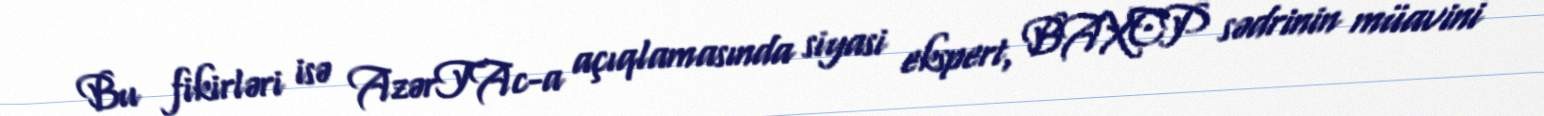
Bu fikirləri isə AzərTAc-a açıqlamasında siyasi ekspert, BAXCP sədrinin müavini